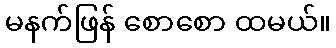
မနက်ဖြန် စောစော ထမယ်။